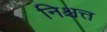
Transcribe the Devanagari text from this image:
निश्चत्त